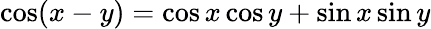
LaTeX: \cos(x-y)=\cos x\cos y+\sin x\sin y